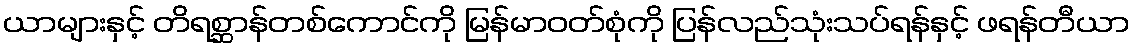
ယာများနှင့် တိရစ္ဆာန်တစ်ကောင်ကို မြန်မာဝတ်စုံကို ပြန်လည်သုံးသပ်ရန်နှင့် ဖရန်တီယာ